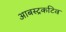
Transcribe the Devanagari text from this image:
आबस्ट्रकटिव